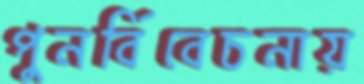
পুনর্বিবেচনায়